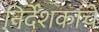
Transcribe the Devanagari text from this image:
निर्देशकांचे